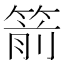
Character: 箭